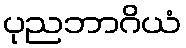
ပုညဘာဂိယံ